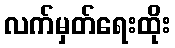
လက်မှတ်ရေးထိုး